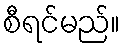
စီရင်မည်။